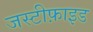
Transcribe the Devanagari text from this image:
जस्टीफ़ाइड